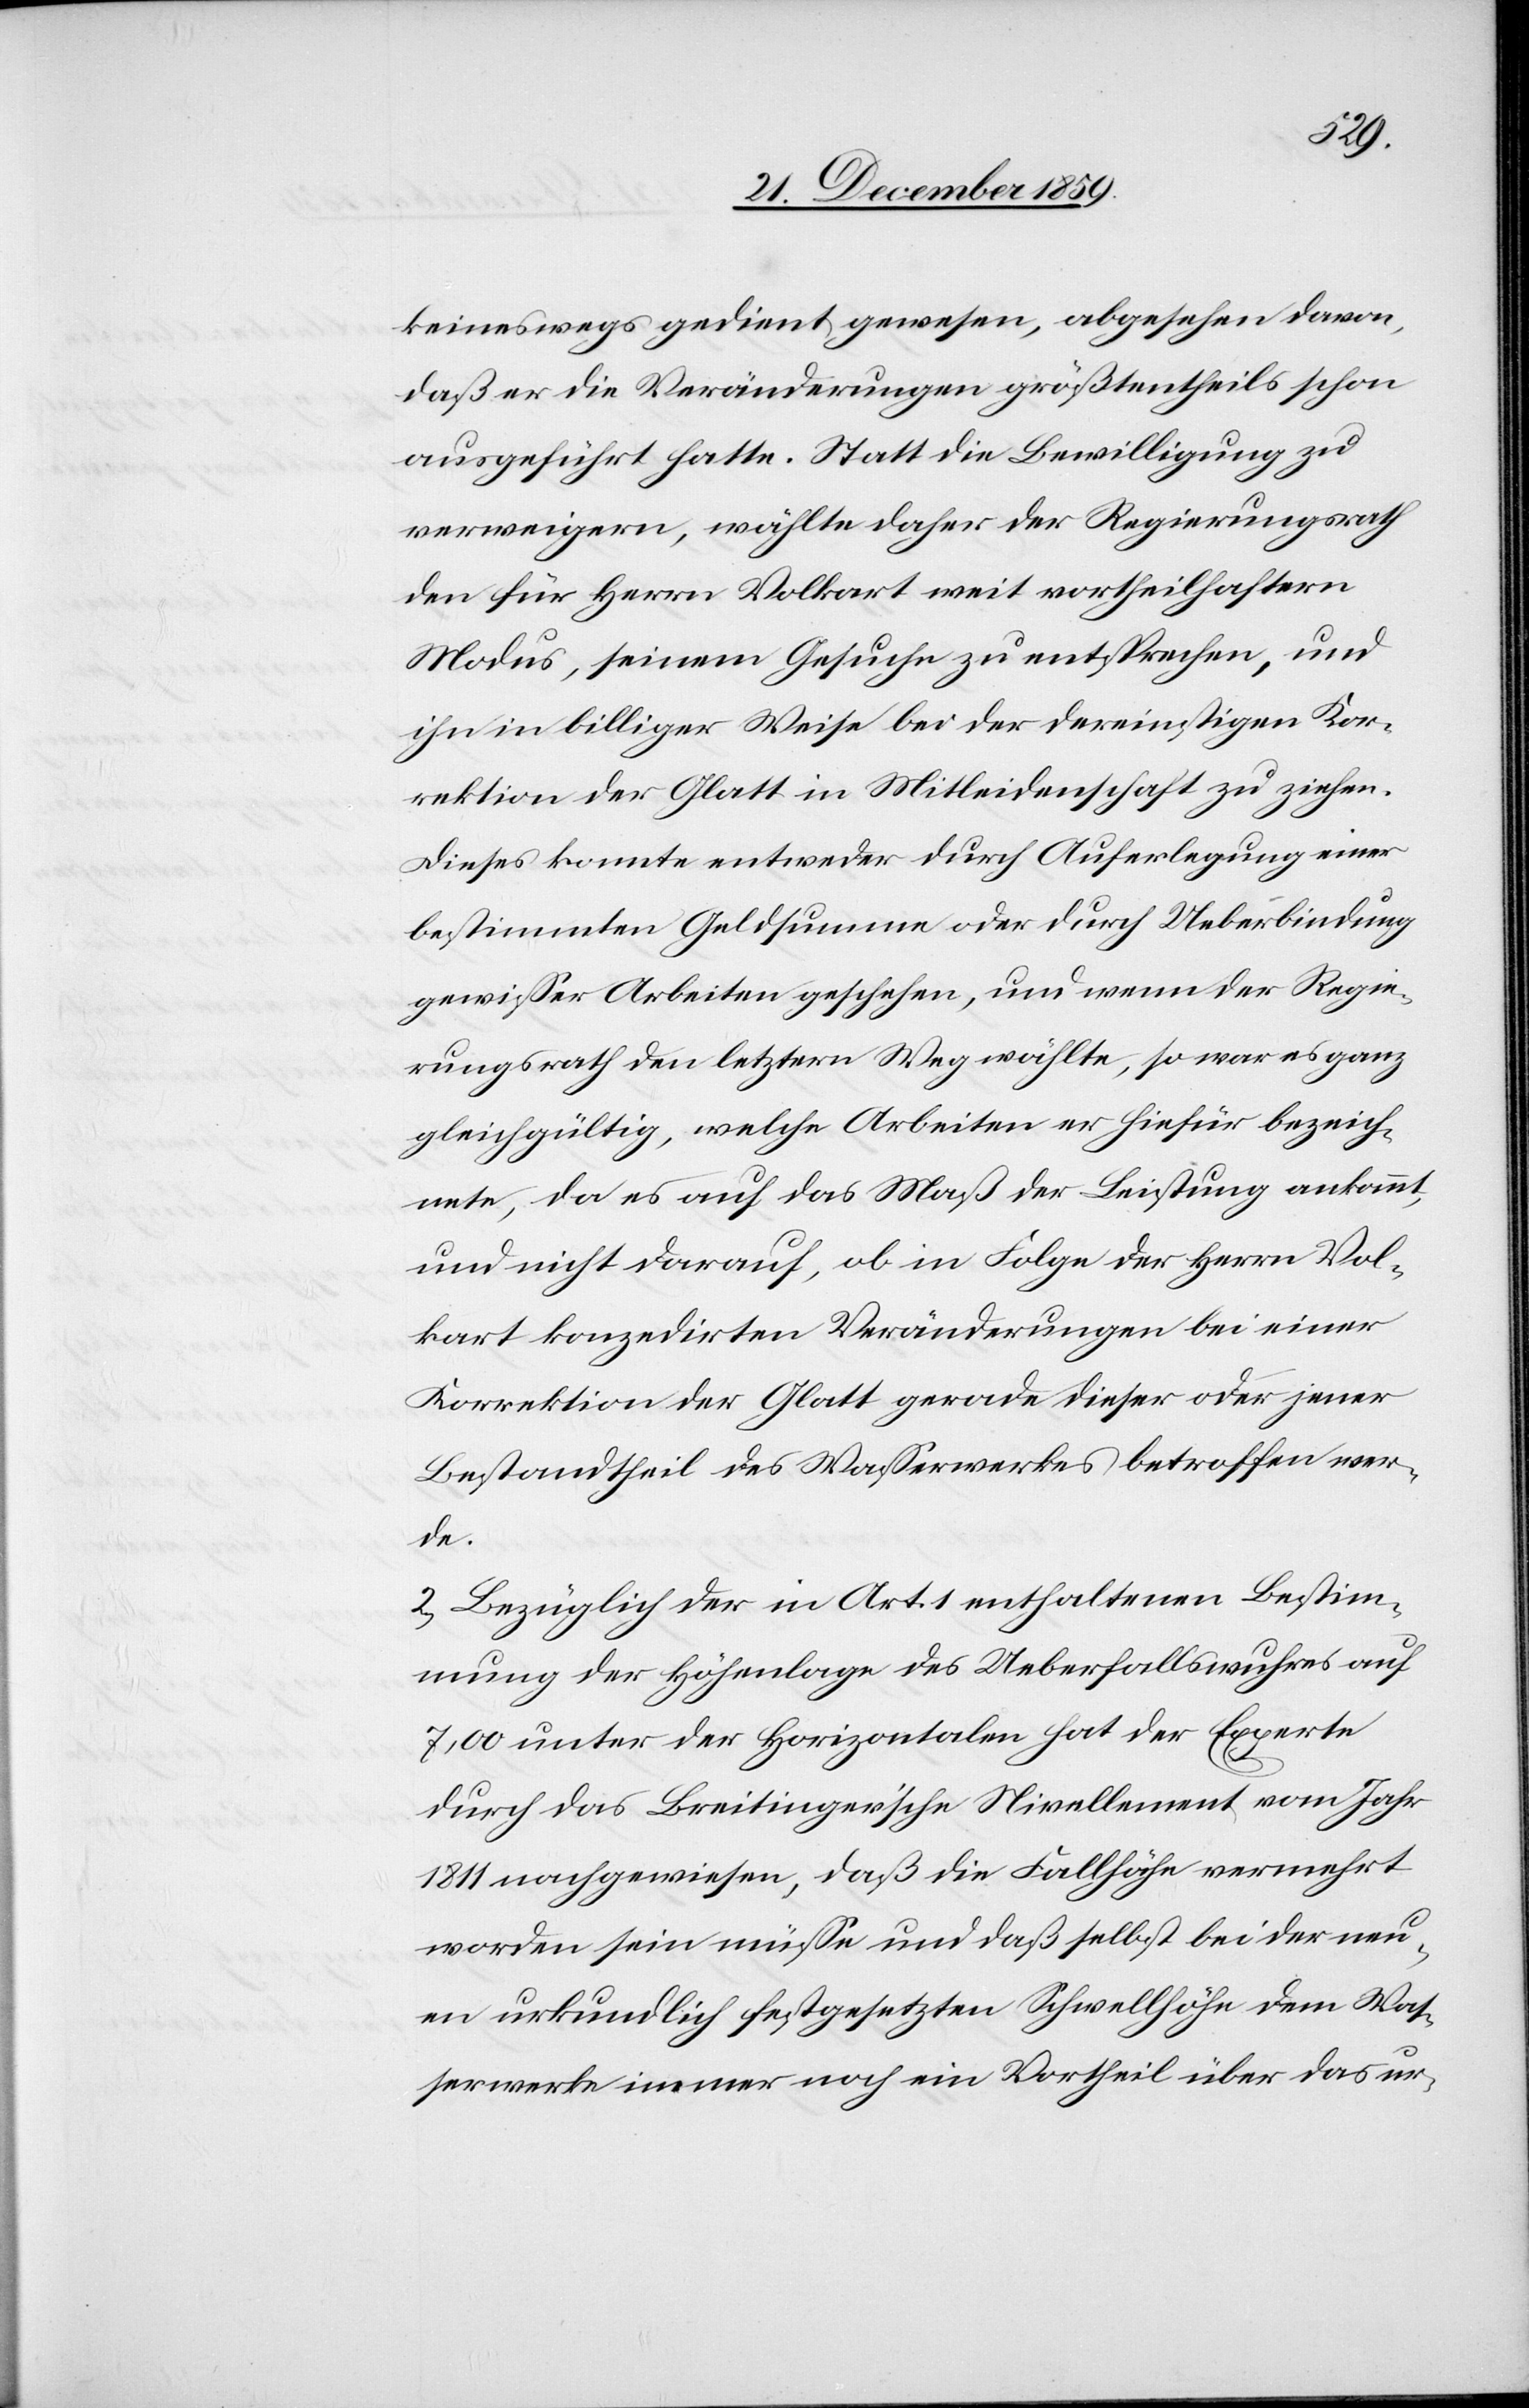
keineswegs gedient gewesen, abgesehen davon,
daß er die Veränderungen größtentheils schon
ausgeführt hatte. Statt die Bewilligung zu
verweigern, wählte daher der Regierungsrath
den für Herrn Volkart weit vortheilhaftern
Modus, seinem Gesuche zu entsprechen, und
ihn in billiger Weise bei der dereinstigen Kor¬
rektion der Glatt in Mitleidenschaft zu ziehen.
Dieses konnte entweder durch Auferlegung einer
bestimmten Geldsumme oder durch Ueberbindung
gewisser Arbeiten geschehen, und wenn der Regie¬
rungsrath den letztern Weg wählte, so war es ganz
gleichgültig, welche Arbeiten er hiefür bezeich¬
nete, da es auf das Maß der Leistung ankommt,
und nicht darauf, ob in Folge der Herrn Vol¬
kart konzedirten Veränderungen bei einer
Korrektion der Glatt gerade dieser oder jener
Bestandtheil des Wasserwerkes betroffen wer¬
de.
2) Bezüglich der in Art. 1 enthaltenen Bestim¬
mung der Höhenlage des Ueberfallswuhres auf
7,00 unter der Horizontalen hat der Experte
durch das Breitinger’sche Nivellement vom Jahr
1811 nachgewiesen, daß die Fallhöhe vermehrt
worden sein müsse und daß selbst bei der neu¬
en urkundlich festgesetzten Schwellhöhe dem Was¬
serwerke immer noch ein Vortheil über das ur-